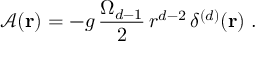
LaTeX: { \mathcal A } ( { \bf r } ) = - g \, \frac { \Omega _ { d - 1 } } { 2 } \, r ^ { d - 2 } \, \delta ^ { ( d ) } ( { \bf r } ) \; .